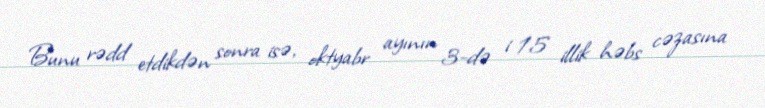
Bunu rədd etdikdən sonra isə, oktyabr ayının 3-də i 15 illik həbs cəzasına